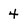
Character: 4